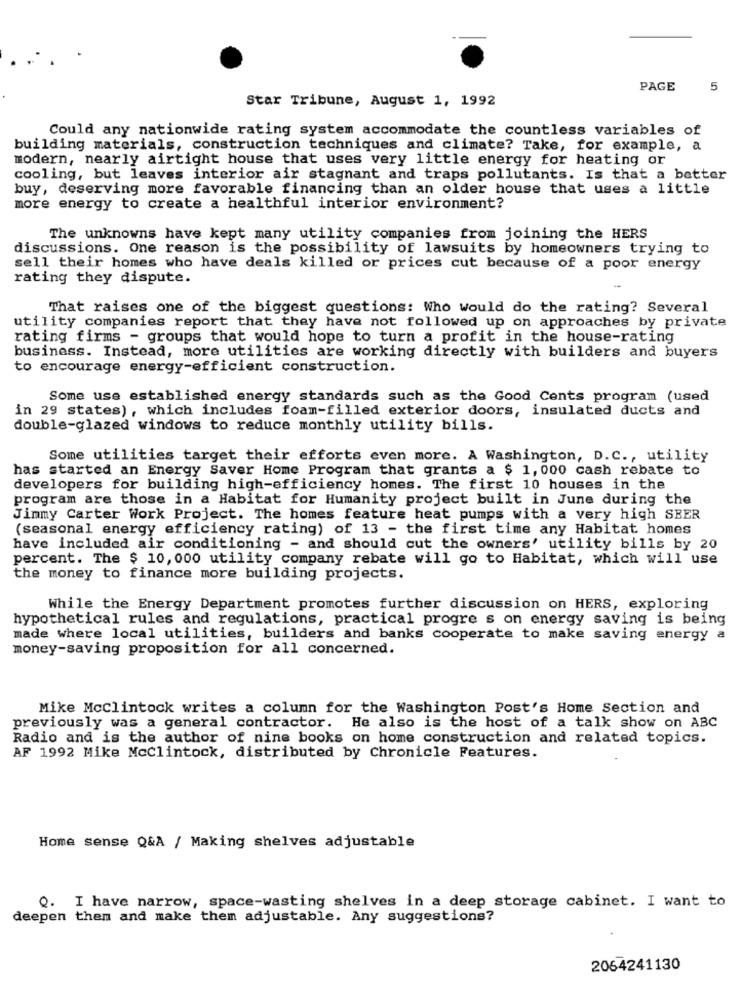
PAGE
5
Star Tribune, August 1, 1992
Could any nationwide rating system accommodate the countless variables of
building materials, construction techniques and climate? Take, for example, a
modern, nearly airtight house that uses very little energy for heating or
cooling, but leaves interior air stagnant and traps pollutants. Is that a better
buy, deserving more favorable financing than an older house that uses a little
more energy to create a healthful interior environment?
The unknowns have kept many utility companies from joining the HERS
discussions. One reason is the possibility of lawsuits by homeowners trying to
sell their homes who have deals killed or prices cut because of a poor energy
rating they dispute.
That raises one of the biggest questions: Who would do the rating? Several
utility companies report that they have not followed up on approaches by private
rating firms - groups that would hope to turn a profit in the house-rating
business. Instead, more utilities are working directly with builders and buyers
to encourage energy-efficient construction.
Some use established energy standards such as the Good Cents program (used
in 29 states), which includes foam-filled exterior doors, insulated ducts and
double-glazed windows to reduce monthly utility bills.
Some utilities target their efforts even more. A Washington, D.C ., utility
has started an Energy Saver Home Program that grants a $ 1, 000 cash rebate to
developers for building high-efficiency homes. The first 10 houses in the
program are those in a Habitat for Humanity project built in June during the
Jimmy Carter Work Project. The homes feature heat pumps with a very high SBER
(seasonal energy efficiency rating) of 13 - the first time any Habitat homes
have included air conditioning - and should cut the owners' utility bills by 20
percent. The $ 10, 000 utility company rebate will go to Habitat, which will use
the money to finance more building projects.
While the Energy Department promotes further discussion on HERS, exploring
hypothetical rules and regulations, practical progre s on energy saving is being
made where local utilities, builders and banks cooperate to make saving energy a
money-saving proposition for all concerned.
Mike Mcclintock writes a column for the Washington Post's Home Section and
previously was a general contractor. He also is the host of a talk show on ABC
Radio and is the author of nine books on home construction and related topics.
AF 1992 Mike Mcclintock, distributed by Chronicle Features.
Home sense Q&A / Making shelves adjustable
Q. I have narrow, space-wasting shelves in a deep storage cabinet. I want to
deepen them and make them adjustable. Any suggestions?
2064241130